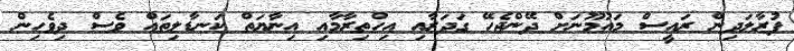
ފުރާލަދިން ރައީސް މައުމޫނަށް ދޭންޖެހޭ ގަދަރާއި އިހްތިރާމާއި އިނާޔަތް ކަނޑާލިތައް ވެސް ދިވެހިން